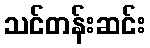
သင်တန်းဆင်း